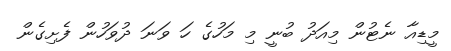
މީޑިއާ ނެޓުން މިއަދު ބުނީ މި މަހުގެ ހަ ވަނަ ދުވަހުން ފެށިގެން